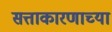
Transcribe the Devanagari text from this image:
सत्ताकारणाच्या